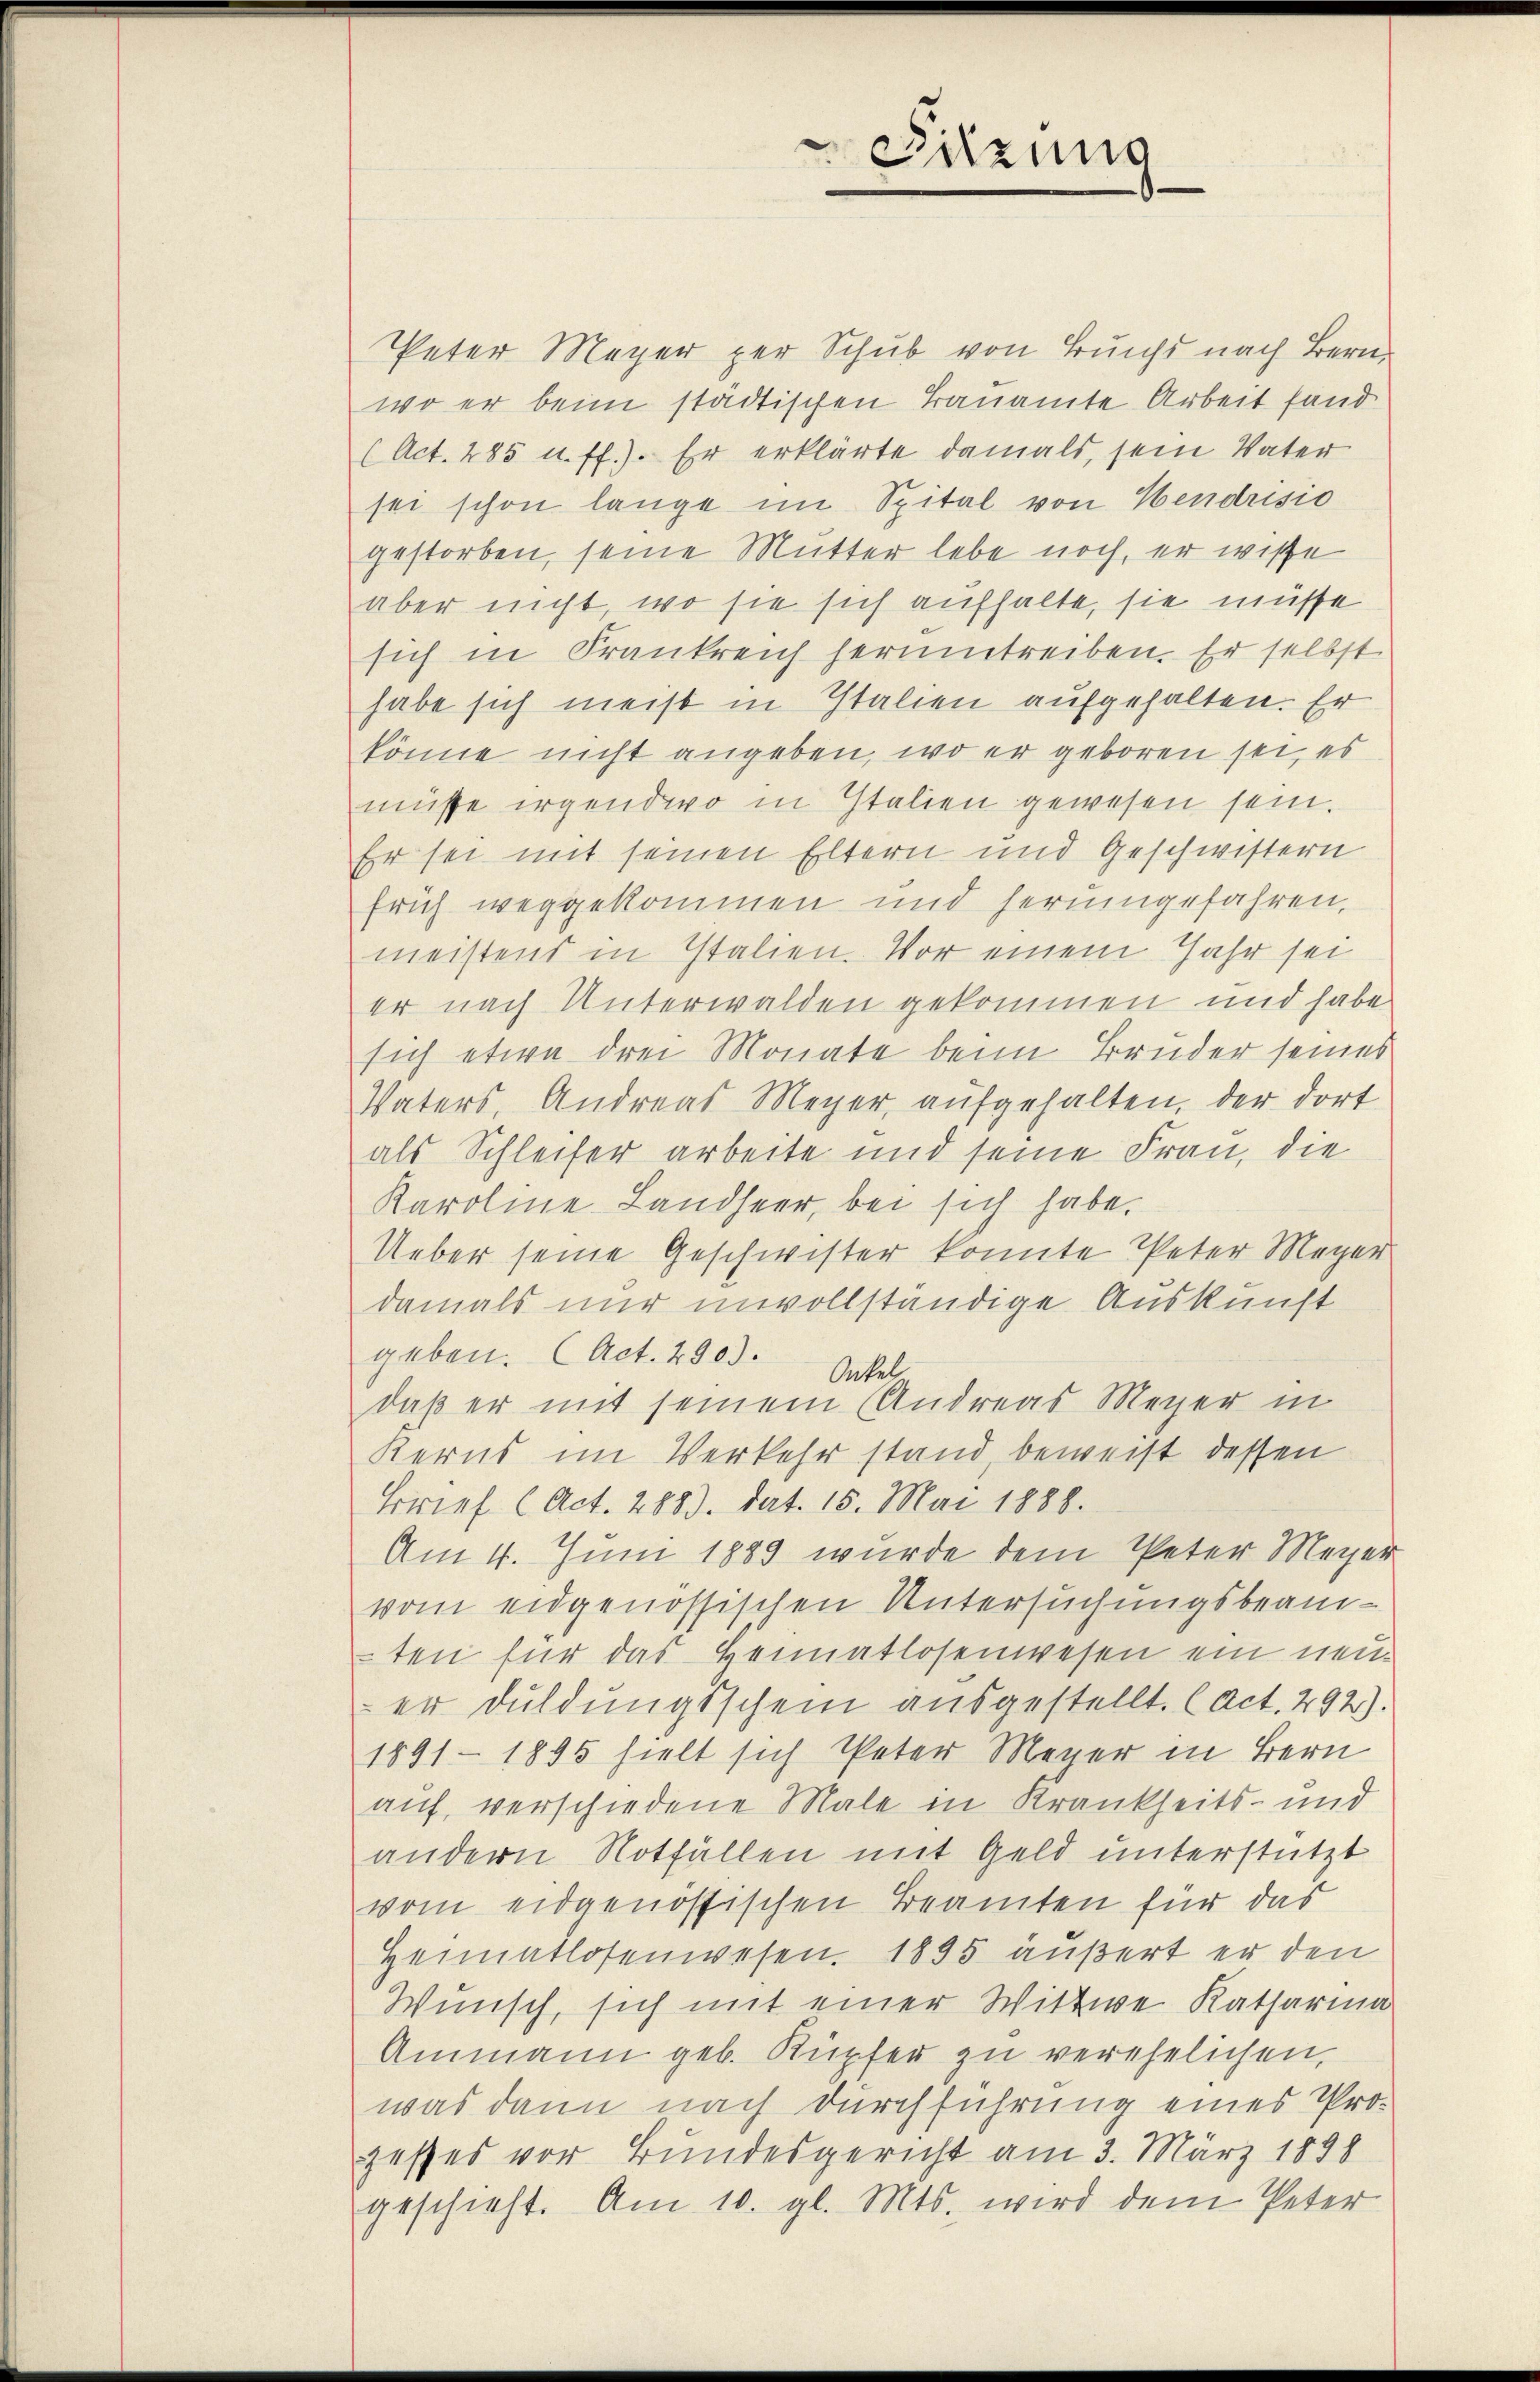
Peter Meyer per Schub von Bunst nach Bern
wo er beim städtischen Bauamte Arbeit fand
(Act. 285 u. ff.). Er erklärte damals, sein Vater
sei schon lange im Spital von Hendrisio
gestorben, seine Mutter lebe noch, er wisse
aber nicht, wo sie sich aufhalte, sie müsse
sich in Frankreich herumtreiben. Er selbst
habe sich meist in Italien aufgehalten. Er
könne nicht angeben, wo er geboren sei, es
müsse irgendwo in Italien gewesen sein.
Er sei mit seinen Eltern und Geschwistern
früh weggekommen und herumgefahren.
meistens in Italien. Vor einem Jahr sei
er nach Unterwalden gekommen und habe
sich etwa drei Monate beim Bruder seines
Vaters, Andreas Meyer, aufgehalten, der dort
als Schleifer arbeite und seine Frau, die
Karoline Landheer, bei sich habe.
Ueber seine Geschwister konnte Peter Meyer
damals nur unvollständige Auskunft
geben. (Act. 2903. Inseldaß er mit seinem (Andreas Meyer in
Kerns im Verkehr stand, beweist dessen
Brief (Act. 2889. dat. 15. Mai 1888.
Am 4. Juni 1889 wurde dem Peter Meyer
vom eidgenössischen Untersuchungsbeamten für das Heimatlosenwesen ein neuer Duldungsschein ausgestellt. (Act. 292).
1891 - 1895 hielt sich Peter Mauer in Bern
auf, verschiedene Male in Krankheits- und
andern Notfällen mit Geld unterstützt
vom eidgenössischen Beamten für das
Heimatlosenwesen. 1895 äußert er den
Wunsch, sich mit einer Wittwe Katharina
Ammann geb. Kupfer zu verehelichen,
was dann nach durchführung eines Pro-
zesses vor Bundesgericht am 3. März 1898
geschieht. Am 10. gl. Mts. wird dem Peter

Sitzung